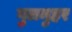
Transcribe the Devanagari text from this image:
गुलमुहर